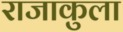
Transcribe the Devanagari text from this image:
राजाकुला